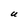
Character: U